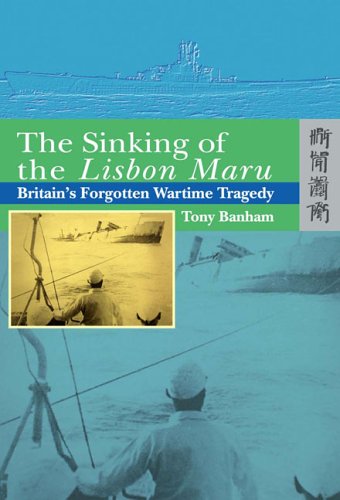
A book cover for The Sinking of the Lisbon Maru: Britain's Forgotten Wartime Tragedy; Tony Banham; History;